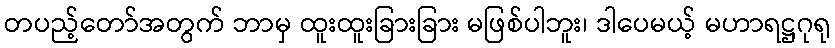
တပည့်တော်အတွက် ဘာမှ ထူးထူးခြားခြား မဖြစ်ပါဘူး၊ ဒါပေမယ့် မဟာရဋ္ဌဂုရု